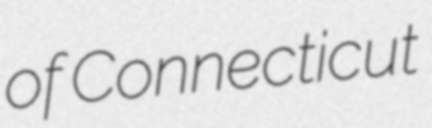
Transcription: of Connecticut